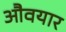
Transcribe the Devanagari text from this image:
औवयार